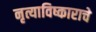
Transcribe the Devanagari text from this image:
नृत्याविष्काराचे